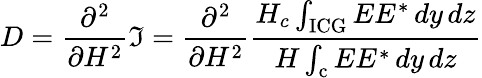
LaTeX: D=\frac{\partial^{2}}{\partial H^{2}}\Im=\frac{\partial^{2}}{\partial H^{2}}\frac{H_{c}\int_{\mathrm{ICG}}EE^{*}\, dy\, dz}{H\int_{\mathrm{c}}EE^{*}\, dy\, dz}